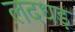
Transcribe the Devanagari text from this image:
लदधड़